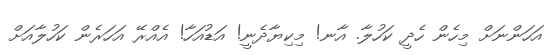
އަހަންނަށް މިހެން ހެދީ ކަހުލާ. އާނ! މިކިޔާދެނީ! އަޑުއަހާ! އެއްރޭ އަހަރެން ކަހުލާއަށް